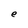
Character: e